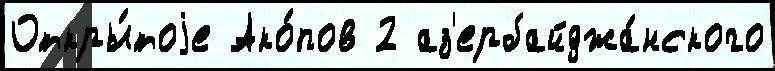
Откры́тоjе Ако́пов 2 аз'ербайджа́нского